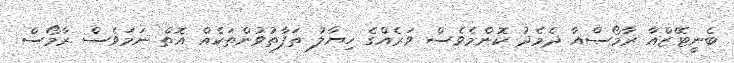
ބެނީޓޭޒްއާ ރާމޯސްއާ ދެމެދު ކޮންމެވެސް ވަރެއްގެ ހިޔާލު ތަފާތުވުންތަކެއް އޮތް ނަމަވެސް ރާމޯސް